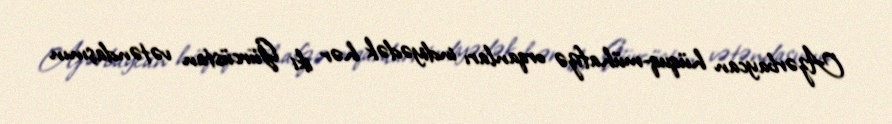
Azərbaycan hüquq-mühafizə orqanları indiyədək hər iki Gürcüstan vətəndaşının